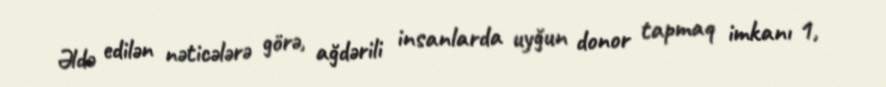
Əldə edilən nəticələrə görə, ağdərili insanlarda uyğun donor tapmaq imkanı 1,